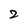
Character: 2